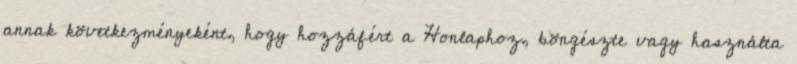
annak következményeként, hogy hozzáfért a Honlaphoz, böngészte vagy használta